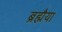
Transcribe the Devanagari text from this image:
ब्रह्मैया